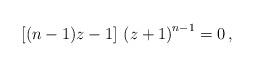
LaTeX: \begin{align*}\left[(n - 1)z - 1\right]\, \left(z + 1\right)^{n - 1} = 0 \, , \end{align*}